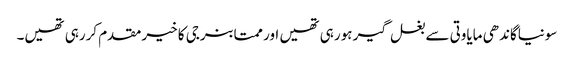
سونیاگاندھی مایاوتی سے بغل گیر ہورہی تھیں اور ممتابنرجی کا خیرمقدم کررہی تھیں۔